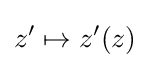
z^{\prime }\mapsto z^{\prime }(z)